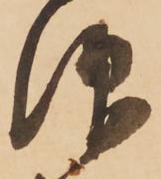
仰